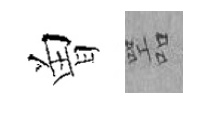
曽噐